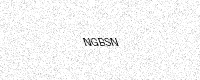
Text: NGBSN